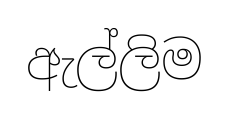
ඇල්ලිම